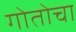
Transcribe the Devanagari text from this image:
गोतोचा